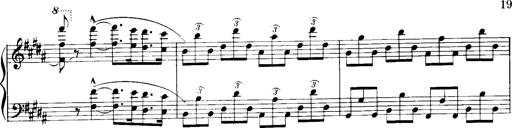
Title: Historische ungarische Bildnisse
Composer: Franz Liszt